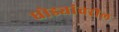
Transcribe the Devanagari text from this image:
घोड्यांवरील